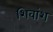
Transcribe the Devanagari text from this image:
शिवांश